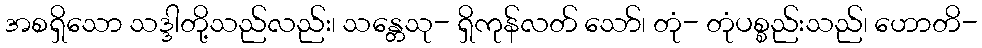
အစရှိသော သဒ္ဒါတို့သည်လည်း၊ သန္တေသု- ရှိကုန်လတ် သော်၊ တုံ- တုံပစ္စည်းသည်၊ ဟောတိ-